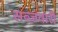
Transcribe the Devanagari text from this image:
सब्ज़वारी